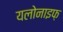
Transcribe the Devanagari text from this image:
यलोनाइफ़